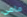
مامي